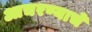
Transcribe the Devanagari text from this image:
आचरण्याचे